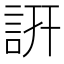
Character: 詽